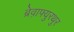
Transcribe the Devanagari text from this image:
ब्रेव़ाफ्युरथुर